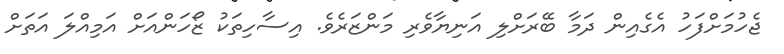
ޖެހުމަށްފަހު އެގެއިން ދަމާ ބޭރަށްލި އަނިޔާވެރި މަންޒަރެވެ. އިސާހިތަކު ޒޯހަންއަށް އަމިއްލަ އަތަށް